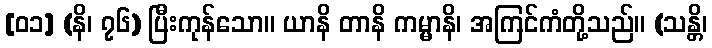
[၀၁] (နိ၊ ၇၆) ပြီးကုန်သော။ ယာနိ တာနိ ကမ္မာနိ၊ အကြင်ကံတို့သည်။ (သန္တိ၊